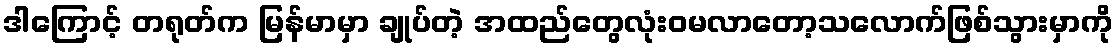
ဒါကြောင့် တရုတ်က မြန်မာမှာ ချုပ်တဲ့ အထည်တွေလုံးဝမလာတော့သလောက်ဖြစ်သွားမှာကို